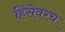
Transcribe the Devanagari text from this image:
हिंसेवरच